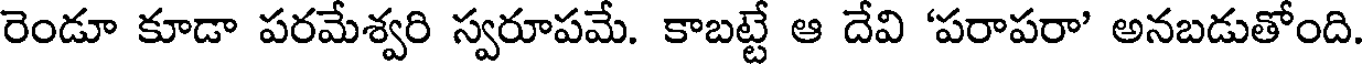
రెండూ కూడా పరమేశ్వరి స్వరూపమే. కాబట్టే ఆ దేవి 'పరాపరా' అనబడుతోంది.